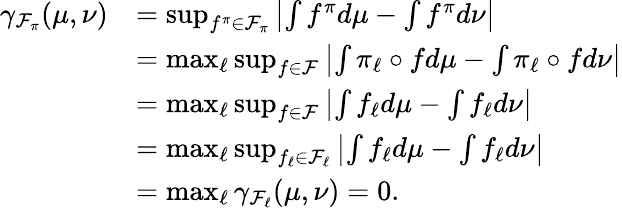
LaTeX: \begin{array}{rl}{\gamma_{\mathcal{F}_{\pi}}(\mu,\nu)}&{=\operatorname*{sup}_{f^{\pi}\in\mathcal{F}_{\pi}}\left|\int f^{\pi}d\mu-\int f^{\pi}d\nu\right|}\\ &{=\operatorname*{max}_{\ell}\operatorname*{sup}_{f\in\mathcal{F}}\left|\int\pi_{\ell}\circ fd\mu-\int\pi_{\ell}\circ fd\nu\right|}\\ &{=\operatorname*{max}_{\ell}\operatorname*{sup}_{f\in\mathcal{F}}\left|\int f_{\ell}d\mu-\int f_{\ell}d\nu\right|}\\ &{=\operatorname*{max}_{\ell}\operatorname*{sup}_{f_{\ell}\in\mathcal{F}_{\ell}}\left|\int f_{\ell}d\mu-\int f_{\ell}d\nu\right|}\\ &{=\operatorname*{max}_{\ell}\gamma_{\mathcal{F}_{\ell}}(\mu,\nu)=0.}\end{array}